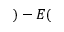
) - E (